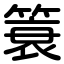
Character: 簑